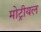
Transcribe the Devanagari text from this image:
मोट्रीयल